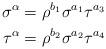
LaTeX: \begin{align*}\sigma^{\alpha}&=\rho^{b_{1}}\sigma^{a_{1}}\tau^{a_{3}} \\\tau^{\alpha}&=\rho^{b_{2}}\sigma^{a_{2}}\tau^{a_{4}}\end{align*}